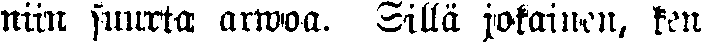
niin suurta armoa. Sillä jokainen, ken